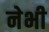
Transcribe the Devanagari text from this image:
नेभी